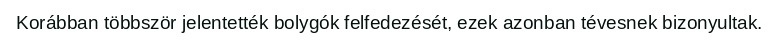
Korábban többször jelentették bolygók felfedezését, ezek azonban tévesnek bizonyultak.